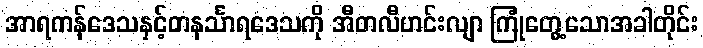
အာရကန်ဒေသနှင့်တနင်္သာရဒေသကို အီတလီဟင်းလျာ ကြုံတွေ့သောအခါတိုင်း